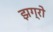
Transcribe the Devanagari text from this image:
झग्रो